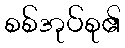
စစ်အုပ်စု၏